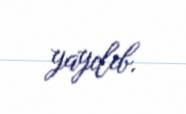
yayılıb.